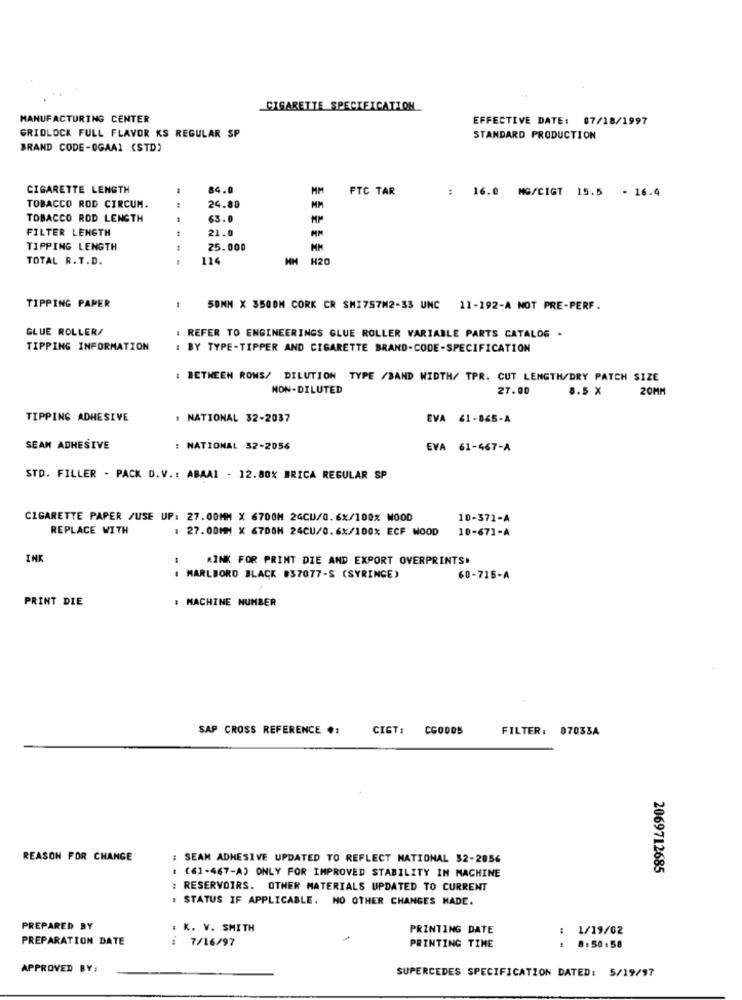
CIGARETTE SPECIFICATION
MANUFACTURING CENTER
EFFECTIVE DATE: 07/18/1997
GRIDLOCK FULL FLAVOR KS REGULAR SP
STANDARD PRODUCTION
BRAND CODE-OGAAI (STD)
CIGARETTE LENGTH
84.0
MM
FTC TAR
: 16.0 MG/CIGT 15.5 - 16.4
24.80
TOBACCO ROD CIRCUM.
MM
TOBACCO ROD LENGTH
63.0
MM
FILTER LENGTH
21.0
MM
TIPPING LENGTH
25.000
TOTAL R. T.D.
114
HM H20
TIPPING PAPER
50MM X 3500M CORK CR SMI757M2-33 UNC 11-192-A NOT PRE-PERF.
GLUE ROLLER/
. REFER TO ENGINEERINGS GLUE ROLLER VARIABLE PARTS CATALOG -
TIPPING INFORMATION
: BY TYPE-TIPPER AND CIGARETTE BRAND-CODE-SPECIFICATION
: BETWEEN ROWS/ DILUTION TYPE /BAND WIDTH/ TPR. CUT LENGTH/DRY PATCH SIZE
NON-DILUTED
27.00
8.5 X
20MM
TIPPING ADHESIVE
. NATIONAL 32-2037
EVA 61-865-A
SEAM ADHESIVE
: NATIONAL 32-2056
EVA 61-467-A
STD. FILLER - PACK D.V .: ABAAI - 12.80% BRICA REGULAR SP
CIGARETTE PAPER /USE UP: 27.00MM X 6700M 24CU/0.6x/100% MOOD
10-371-A
REPLACE WITH
: 27.00MM X 67DON 24CU/0.6x/100% ECF WOOD
10-671-A
INK
«INK FOR PRINT DIE AND EXPORT OVERPRINTS.
MARLBORO BLACK #37077-S (SYRINGE)
60-715-A
PRINT DIE
: MACHINE NUMBER
SAP CROSS REFERENCE #:
CIGT: CG0005
FILTER: 07033A
REASON FOR CHANGE
: SEAN ADHESIVE UPDATED TO REFLECT NATIONAL 32-2056
: (61-467-A) ONLY FOR IMPROVED STABILITY IN MACHINE
2069712685
: RESERVOIRS. OTHER MATERIALS UPDATED TO CURRENT
. STATUS IF APPLICABLE. NO OTHER CHANGES MADE.
PREPARED BY
. K. V. SMITH
PRINTING DATE
1/19/02
PREPARATION DATE
: 7/16/97
PRINTING TIME
8:50:58
APPROVED BY:
SUPERCEDES SPECIFICATION DATED: 5/19/97